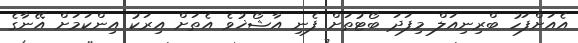
އެއަށްފަހު ބްރިނިއަލް މިފަދަ ބޯޓުތަށް ފެނި އާޝޯޚުވެ އެތަށް އިރަކު އިންކަމަށް އޭނާގެ